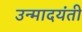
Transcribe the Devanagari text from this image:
उन्मादयंती